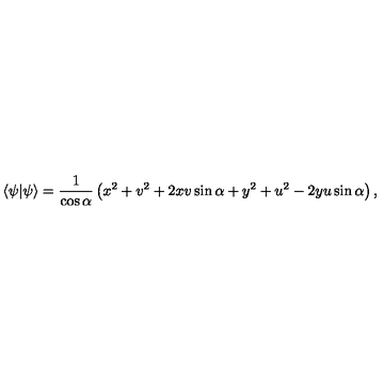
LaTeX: \langle \psi | \psi \rangle = { \frac { 1 } { \cos \alpha } } \left( x ^ { 2 } + v ^ { 2 } + 2 x v \sin \alpha + y ^ { 2 } + u ^ { 2 } - 2 y u \sin \alpha \right) ,